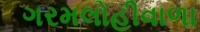
ગરમલોહીવાળા